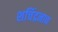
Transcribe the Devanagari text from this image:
शचिंद्रनाथ